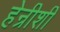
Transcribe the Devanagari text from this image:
हेन्रीशी